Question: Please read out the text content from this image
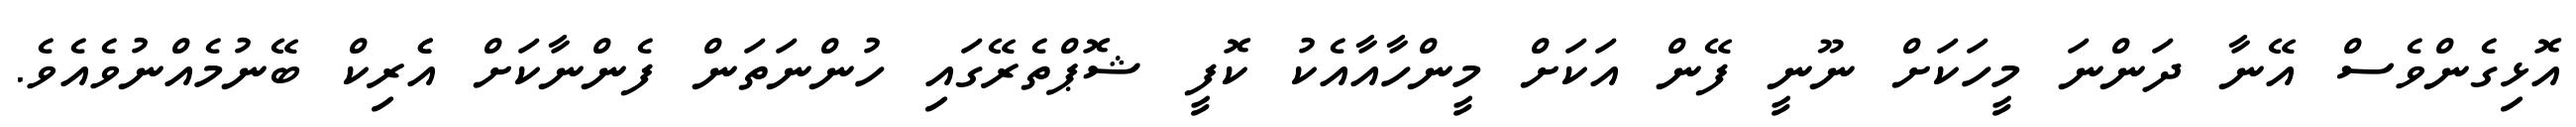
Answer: އޮޅިގެންވެސް އޭނާ ދަންނަ މީހަކަށް ނޫނީ ފޭން އަކަށް މީންހާއާއެކު ކޮފީ ޝޮޕްތެރޭގައި ހުންނަތަން ފެންނާކަށް އެެރިކް ބޭނުމެއްނުވެއެވެ.